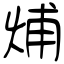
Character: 烳